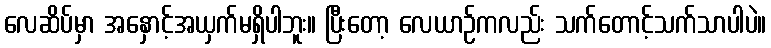
လေဆိပ်မှာ အနှောင့်အယှက်မရှိပါဘူး။ ပြီးတော့ လေယာဉ်ကလည်း သက်တောင့်သက်သာပါပဲ။